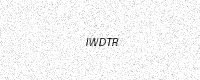
Text: IWDTR